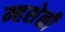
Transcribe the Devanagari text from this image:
म्हशेळी